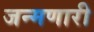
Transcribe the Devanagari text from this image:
जन्मणारी